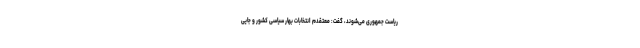
ریاست جمهوری می‌شوند، گفت: معتقدم انتخابات بهار سیاسی کشور و جایی